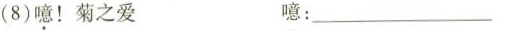
(8)噫！菊之爱 噫：___